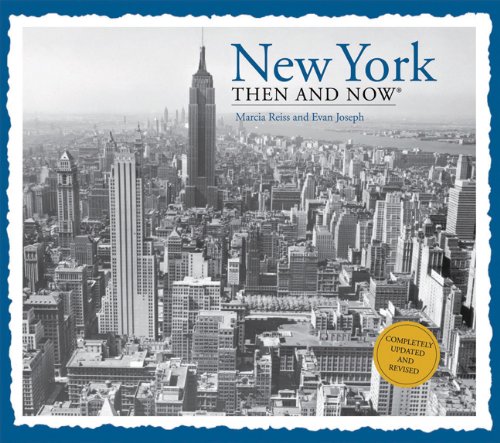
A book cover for New York Then and Now (Then & Now Thunder Bay); Marcia Reiss; Arts & Photography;